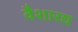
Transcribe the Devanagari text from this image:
वैशारद्य